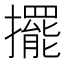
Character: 擺